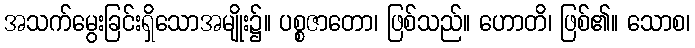
အသက်မွေးခြင်းရှိသောအမျိုး၌။ ပစ္စဇာတော၊ ဖြစ်သည်။ ဟောတိ၊ ဖြစ်၏။ သောစ၊